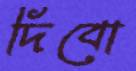
দিবো